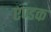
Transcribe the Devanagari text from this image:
एण्डक